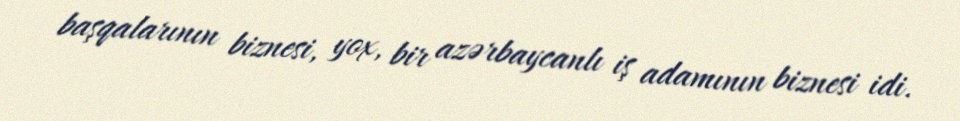
başqalarının biznesi, yox, bir azərbaycanlı iş adamının biznesi idi.